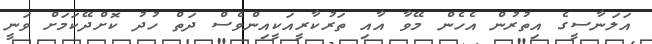
އަލަނާސީގެ އިތުރުން އެހެން މޭވާ އާއި ތަރުކާރީއަކީއިންވެސް ދަތް ހުދު ކޮށްދޭކަމަށް ވަނީ